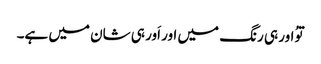
توُ اور ہی رنگ میں اور اَور ہی شان میں ہے۔